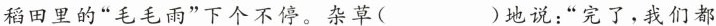
稻田里的”毛毛雨”下个不停。杂草( )地说：”完了，我们都